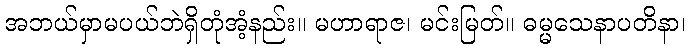
အဘယ်မှာမပယ်ဘဲရှိတုံအံ့နည်း။ မဟာရာဇ၊ မင်းမြတ်။ ဓမ္မသေနာပတိနာ၊